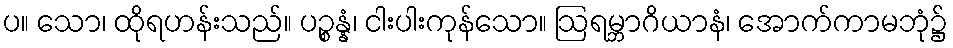
ပ။ သော၊ ထိုရဟန်းသည်။ ပဉ္စန္နံ၊ ငါးပါးကုန်သော။ ဩရမ္ဘာဂိယာနံ၊ အောက်ကာမဘုံ၌